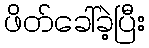
ဖိတ်ခေါ်ခဲ့ပြီး